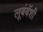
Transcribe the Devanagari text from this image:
लूबंबॅशी